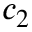
c _ { 2 }